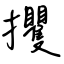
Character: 攫